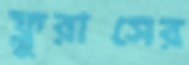
ফ্লুরাসের